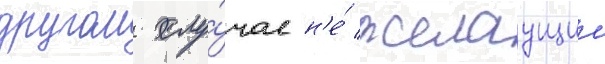
другом слу́чае н'е́ желаущии